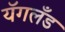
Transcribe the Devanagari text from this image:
यॅगलँड